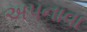
અપનાવા